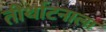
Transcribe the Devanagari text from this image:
तीर्थाटनाला